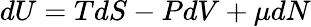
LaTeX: dU=TdS-PdV+\mu dN